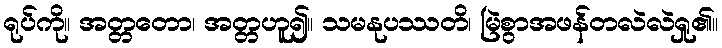
ရုပ်ကို။ အတ္တတော၊ အတ္တဟူ၍။ သမနုပဿတိ၊ မြဲစွာအဖန်တလဲလဲရှု၏။